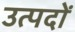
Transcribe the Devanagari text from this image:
उत्पदों